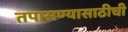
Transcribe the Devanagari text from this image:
तपासण्यासाठीची